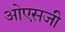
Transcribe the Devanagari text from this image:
ओएसजी